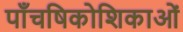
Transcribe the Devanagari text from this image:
पाँचषिकोशिकाओं